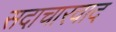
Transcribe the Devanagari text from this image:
सदाचारवाद